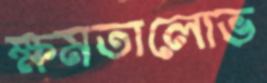
ক্ষমতালোভ